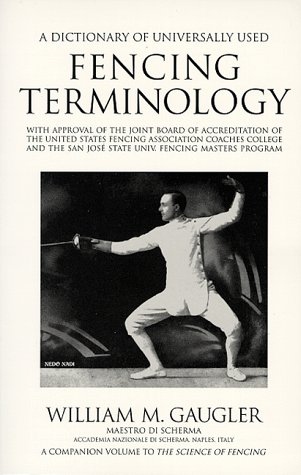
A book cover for A Dictionary of Universally Used Fencing Terminology; William M. Gaugler; Sports & Outdoors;